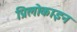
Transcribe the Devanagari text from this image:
प्रिलोकाइन